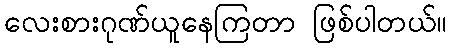
လေးစားဂုဏ်ယူနေကြတာ ဖြစ်ပါတယ်။